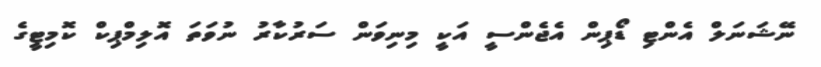
ނޭޝަނަލް އެންޓި ޑޯޕިން އެޖެންސީ އަކީ މިނިވަން ސަރުކާރު ނުވަތަ އޮލިމްޕިކް ކޮމިޓީގެ